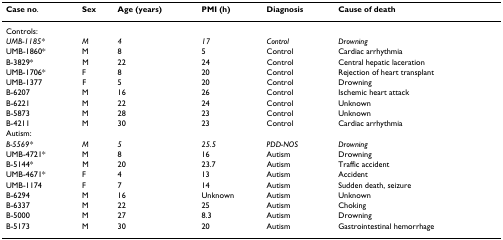
<table><thead><tr><td><b>Case no.</b></td><td><b>Sex</b></td><td><b>Age (years)</b></td><td><b>PMI (h)</b></td><td><b>Diagnosis</b></td><td><b>Cause of death</b></td></tr></thead><tbody><tr><td>Controls:</td><td></td><td></td><td></td><td></td><td></td></tr><tr><td><i>UMB-1185*</i></td><td><i>M</i></td><td><i>4</i></td><td><i>17</i></td><td><i>Control</i></td><td><i>Drowning</i></td></tr><tr><td>UMB-1860*</td><td>M</td><td>8</td><td>5</td><td>Control</td><td>Cardiac arrhythmia</td></tr><tr><td>B-3829*</td><td>M</td><td>22</td><td>24</td><td>Control</td><td>Central hepatic laceration</td></tr><tr><td>UMB-1706*</td><td>F</td><td>8</td><td>20</td><td>Control</td><td>Rejection of heart transplant</td></tr><tr><td>UMB-1377</td><td>F</td><td>5</td><td>20</td><td>Control</td><td>Drowning</td></tr><tr><td>B-6207</td><td>M</td><td>16</td><td>26</td><td>Control</td><td>Ischemic heart attack</td></tr><tr><td>B-6221</td><td>M</td><td>22</td><td>24</td><td>Control</td><td>Unknown</td></tr><tr><td>B-5873</td><td>M</td><td>28</td><td>23</td><td>Control</td><td>Unknown</td></tr><tr><td>B-4211</td><td>M</td><td>30</td><td>23</td><td>Control</td><td>Cardiac arrhythmia</td></tr><tr><td>Autism:</td><td></td><td></td><td></td><td></td><td></td></tr><tr><td><i>B-5569*</i></td><td><i>M</i></td><td><i>5</i></td><td><i>25.5</i></td><td><i>PDD-NOS</i></td><td><i>Drowning</i></td></tr><tr><td>UMB-4721*</td><td>M</td><td>8</td><td>16</td><td>Autism</td><td>Drowning</td></tr><tr><td>B-5144*</td><td>M</td><td>20</td><td>23.7</td><td>Autism</td><td>Traffic accident</td></tr><tr><td>UMB-4671*</td><td>F</td><td>4</td><td>13</td><td>Autism</td><td>Accident</td></tr><tr><td>UMB-1174</td><td>F</td><td>7</td><td>14</td><td>Autism</td><td>Sudden death, seizure</td></tr><tr><td>B-6294</td><td>M</td><td>16</td><td>Unknown</td><td>Autism</td><td>Unknown</td></tr><tr><td>B-6337</td><td>M</td><td>22</td><td>25</td><td>Autism</td><td>Choking</td></tr><tr><td>B-5000</td><td>M</td><td>27</td><td>8.3</td><td>Autism</td><td>Drowning</td></tr><tr><td>B-5173</td><td>M</td><td>30</td><td>20</td><td>Autism</td><td>Gastrointestinal hemorrhage</td></tr></tbody></table>